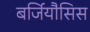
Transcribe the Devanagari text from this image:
बर्जियौसिस